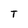
Character: T